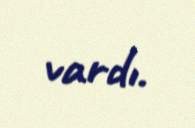
vardı.